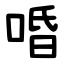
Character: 㖧